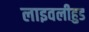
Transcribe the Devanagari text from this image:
लाइवलीहुड